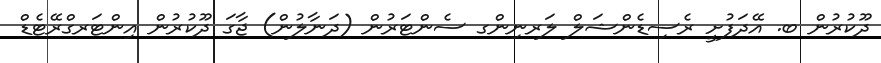
ދޫކުރުން ބ. އޭދަފުށީ ރެސިޑެންޝަލް ލަރނިންގ ސެންޓަރުން (ދަނާލުން) ޖާގަ ދޫކުރުން އިންޓަރގްރޭޓެޑް